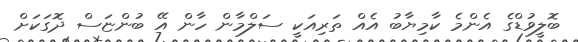
ބޮލީވުޑްގެ އެންމެ ކާމިޔާބު އެއް ތަރިއަކީ ސަލްމާން ހާން އޭ ބުންޏަސް ދޮގަކަށް